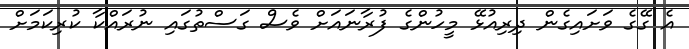
އެ ގޭގެ ވަށައިގެން ދިރިއުޅޭ މީހުންގެ ފުރާނައަށް ވެސް ގަސްތުގައި ނުރައްކާ ކުރިކަމަށް